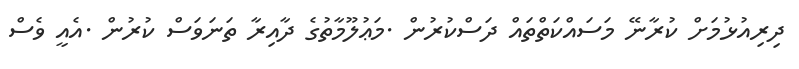
ދިރިއުޅުމަށް ކުރާނޭ މަސައްކަތްތައް ދަސްކުރުން .މަޢުލޫމާތުގެ ދާއިރާ ތަނަވަސް ކުރުން .އެއީ ވެސް